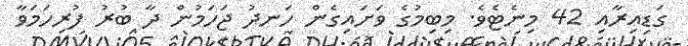
ގަޑިއިރާއި 42 މިނެޓެވެ. މިބިމުގެ ވަށައިގެން ހަނދު ޖަހަމުން ދާ ބުރު ފުރިހަމަވާ